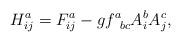
LaTeX: \begin{align*}H_{ij}^{a}=F_{ij}^{a}-gf_{\;\;bc}^{a}A_{i}^{b}A_{j}^{c}, \end{align*}